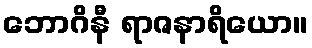
ဘောဂိနီ ရာဇနာရိယော။